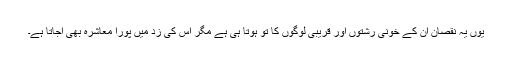
یوں یہ نقصان ان کے خونی رشتوں اور قریبی لوگوں کا تو ہوتا ہی ہے مگر اس کی زد میں پورا معاشرہ بھی آجاتا ہے۔